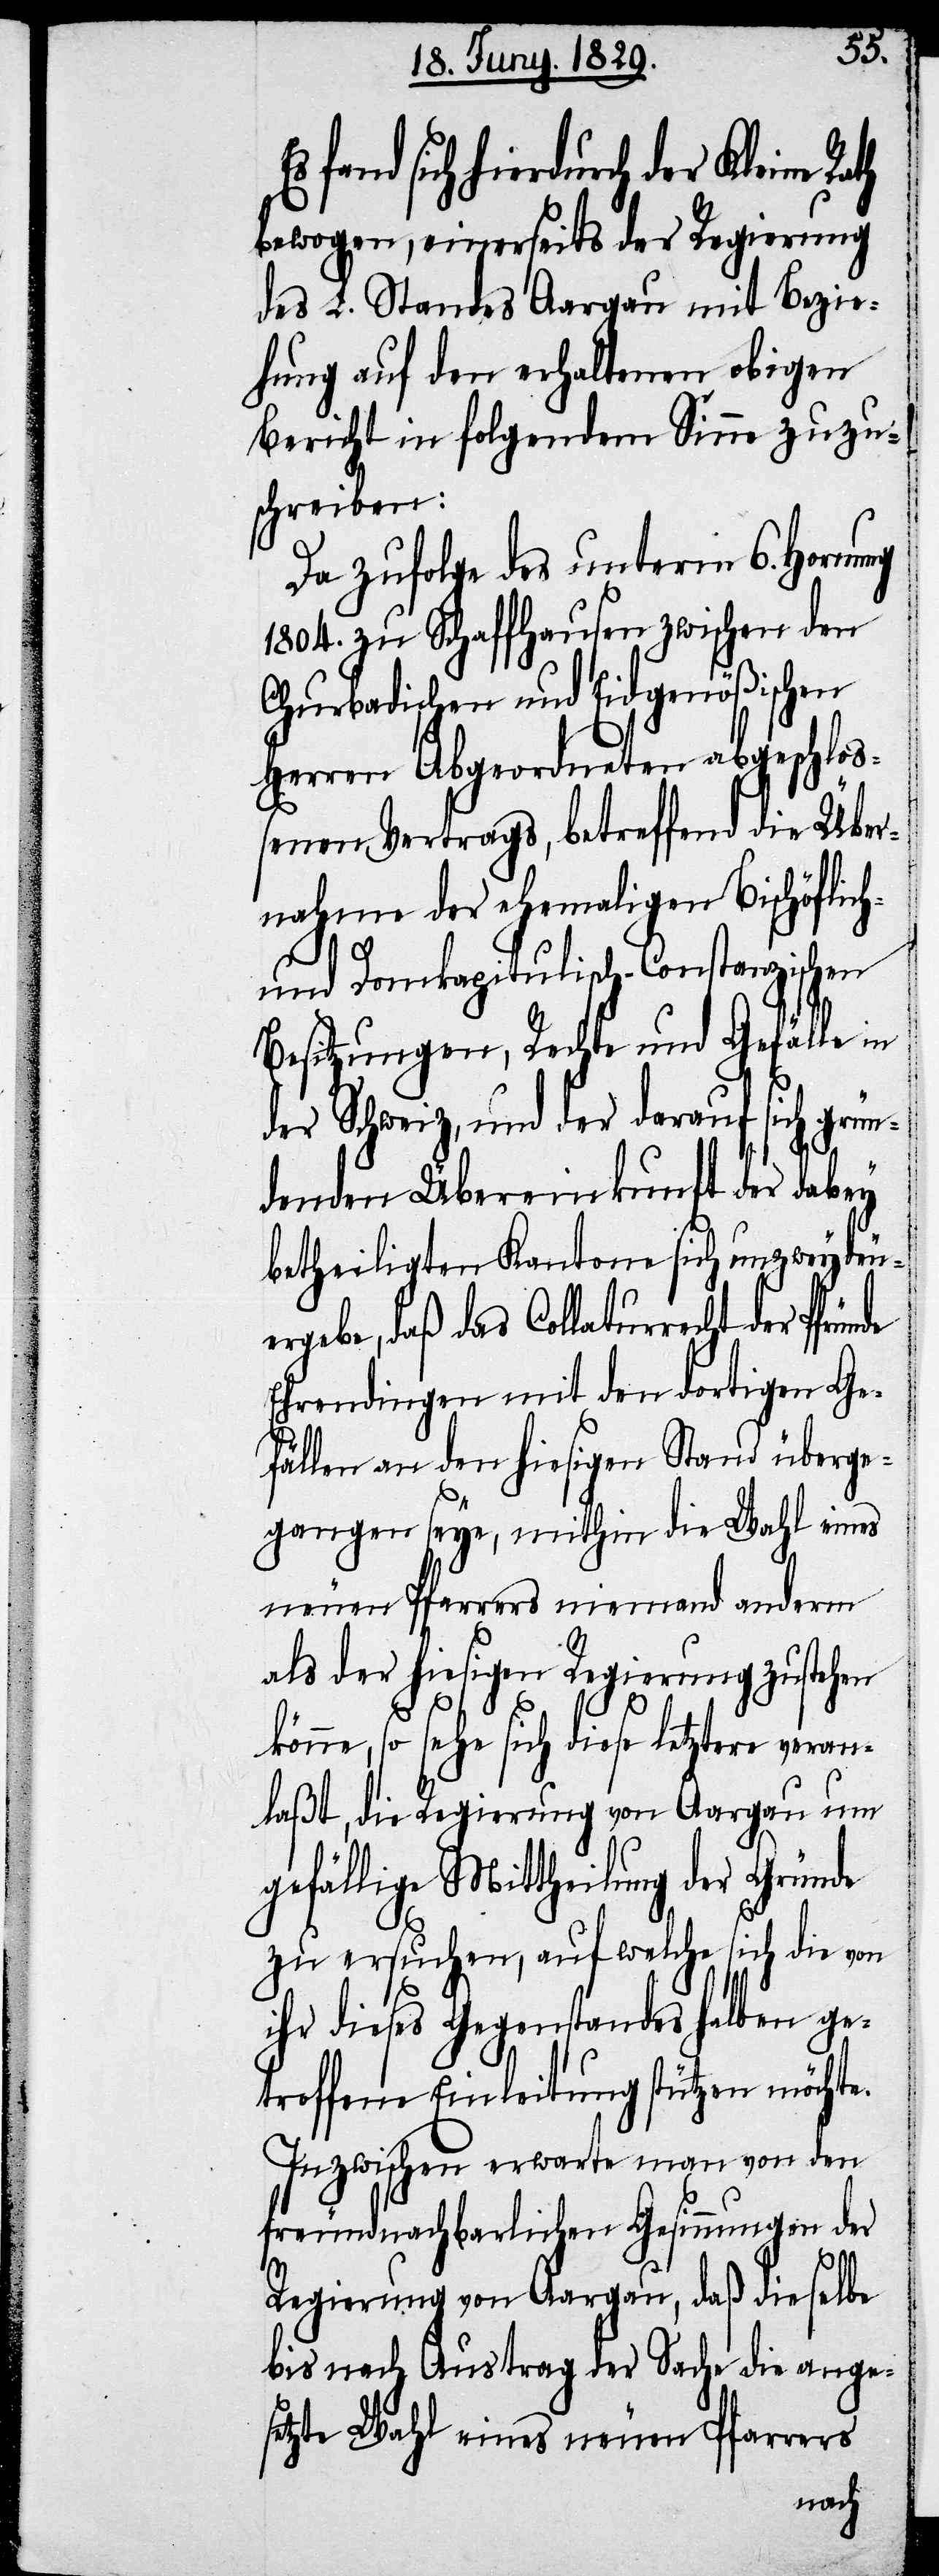
fand sich hierdurch der Kleine
bewogen, einerseits der Regierung
des L. Standes Aargau mit Bezie¬
hung auf den erhaltenen obigen
Bericht in folgendem Sinne zuzu¬
schreiben:
Da zufolge des unterm 6. Hornung
1804. zu Schaffhausen zwischen den
Churbadischen und Eidgenößischen
Herren Abgeordneten abgeschloß¬
enen Vertrags, betreffend die Über¬
nahme der ehemaligen Bischöflich-
und Domkapitulisch-Constanzischen
Besitzungen, Rechte und Gefälle in
der Schweiz, und der darauf sich grün¬
denden Übereinkunft der dabey
betheiligten Kantone sich unzweydeutig
ergebe, daß das Collaturrecht der
Ehrendingen mit den dortigen Ge¬
fällen an den hiesigen Stand überge¬
gangen seye, mithin die Wahl eines
neuen Pfarrers niemand anderm
als der hiesigen Regierung zustehen
könne, so sehe sich diese letztere veran¬
laßt, die Regierung von Aargau um
gefällige Mittheilung der Gründe
zu ersuchen, auf welche sich die von
ihr dieses Gegenstandes halben ge¬
troffene Einleitung stützen möchte.
Inzwischen erwarte man von den
freundnachbarlichen Gesinnungen der
Regierung von Aargau, daß dieselbe
bis nach Austrag der Sache die ange¬
setzte Wahl eines neuen Pfarrers